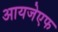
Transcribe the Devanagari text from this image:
आयजेएफ